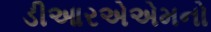
ડીઆરએએમનો